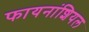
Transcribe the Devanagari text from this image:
फायनांशियल